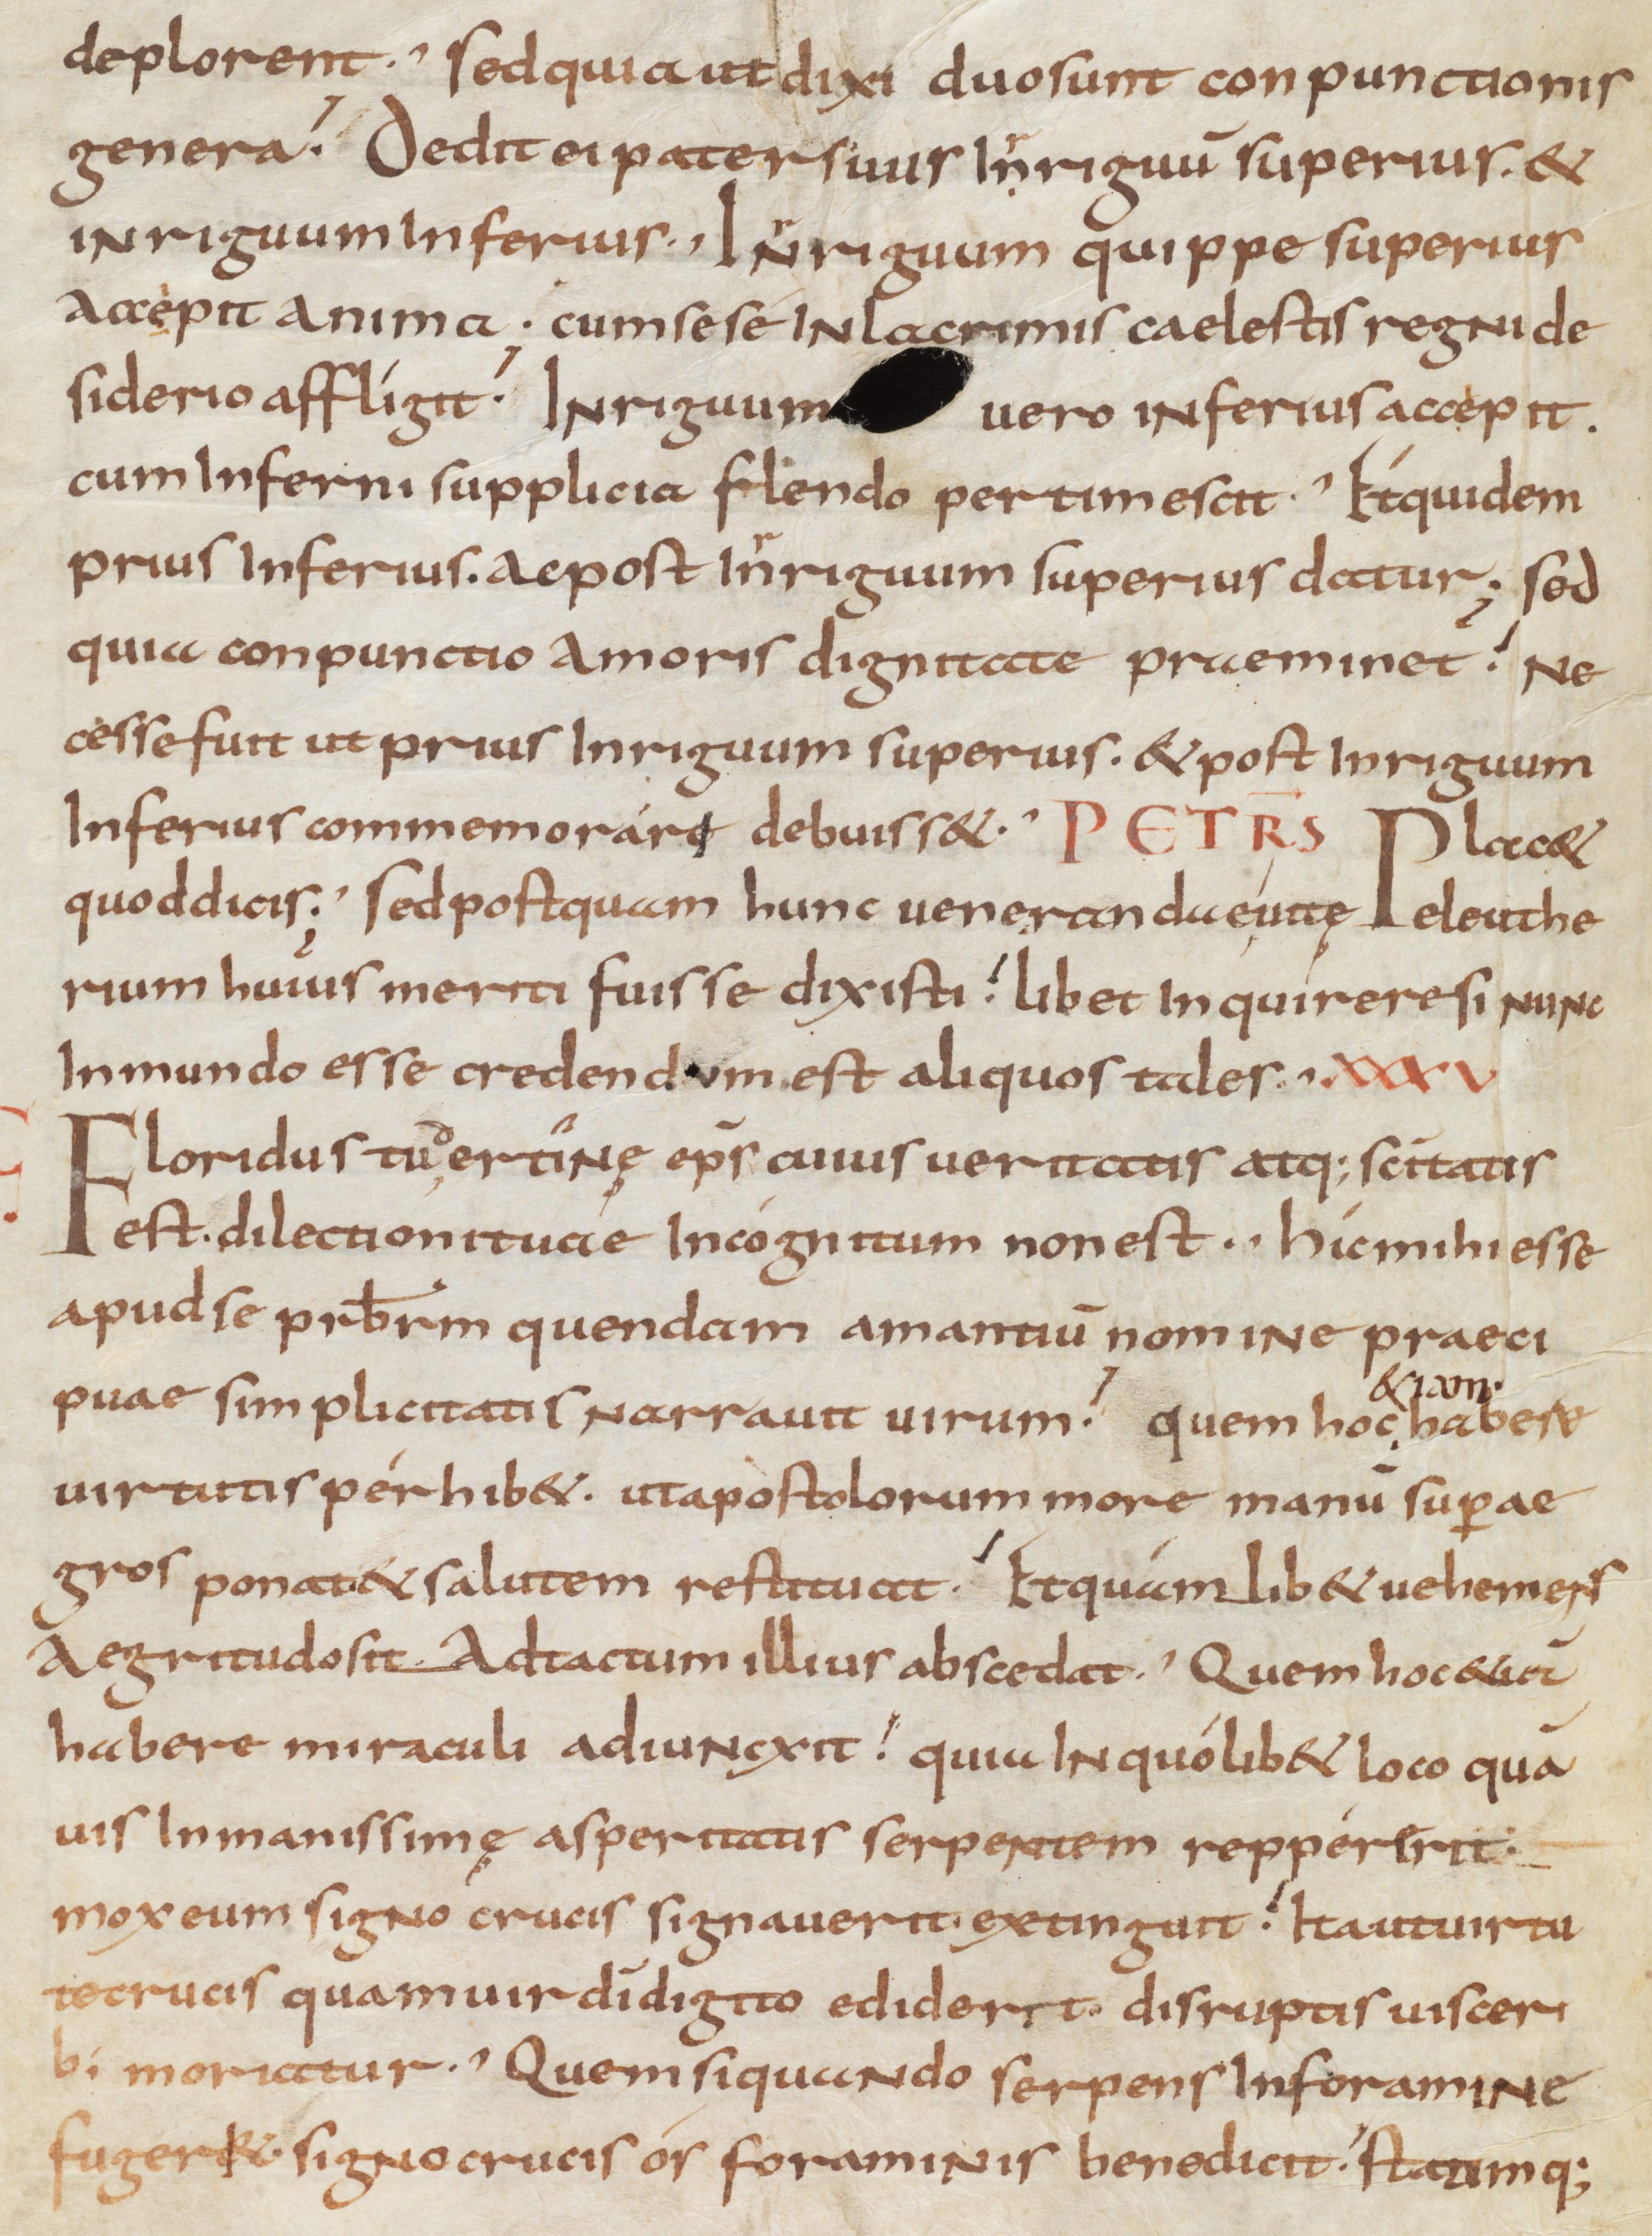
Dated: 900–999